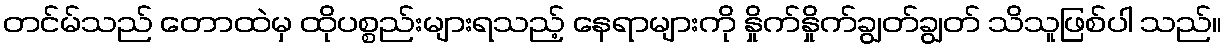
တင်မ်သည် တောထဲမှ ထိုပစ္စည်းများရသည့် နေရာများကို နှိုက်နှိုက်ချွတ်ချွတ် သိသူဖြစ်ပါ သည်။